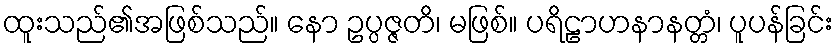
ထူးသည်၏အဖြစ်သည်။ နော ဥပ္ပဇ္ဇတိ၊ မဖြစ်။ ပရိဠာဟနာနတ္တံ၊ ပူပန်ခြင်း